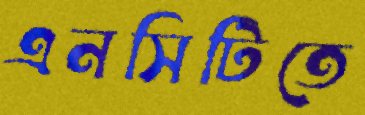
এনসিটিতে